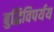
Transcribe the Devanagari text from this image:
बुद्धिविपर्यय